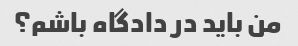
من باید در دادگاه باشم؟